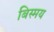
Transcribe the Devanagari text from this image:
बिस्मय